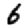
Digit: 6